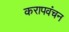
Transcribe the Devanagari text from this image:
करापवंचन